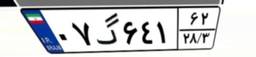
۶۸گ۷۸۵۴۹